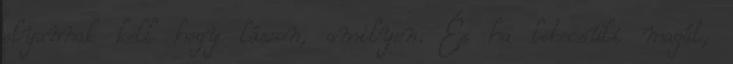
olyannak kell hogy lásson, amilyen. És ha lebecsüli magát,